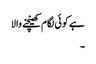
ہے کوئی لگام کھینچنے والا
۔